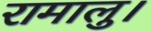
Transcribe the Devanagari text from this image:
रामालु।